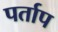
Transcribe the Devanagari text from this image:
पर्ताप